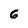
Character: 6